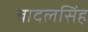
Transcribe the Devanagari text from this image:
बादलसिंह